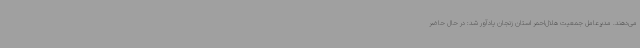
می‌دهند. مدیرعامل جمعیت هلال‌احمر استان زنجان یادآور شد: در حال حاضر